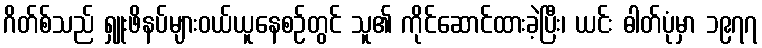
ဂိတ်စ်သည် ရှူးဖိနပ်များဝယ်ယူနေစဉ်တွင် သူ၏ ကိုင်ဆောင်ထားခဲ့ပြီး၊ ယင်း ဓါတ်ပုံမှာ ၁၉၇၇